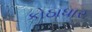
કોઠાધાર